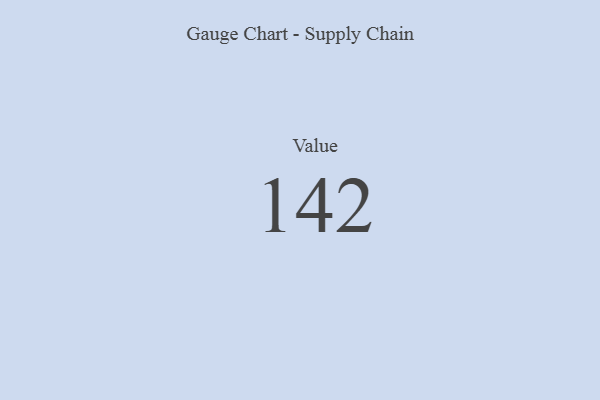
{"axis": {"x": "Metric", "y": "Value"}, "legend": [""], "data": [{"x": "Value", "y": 142, "type": ""}]}